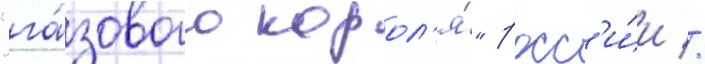
"га́зового корол'я́" росс'и́и //